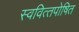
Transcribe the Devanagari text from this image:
स्‍ववित्‍तपोषित